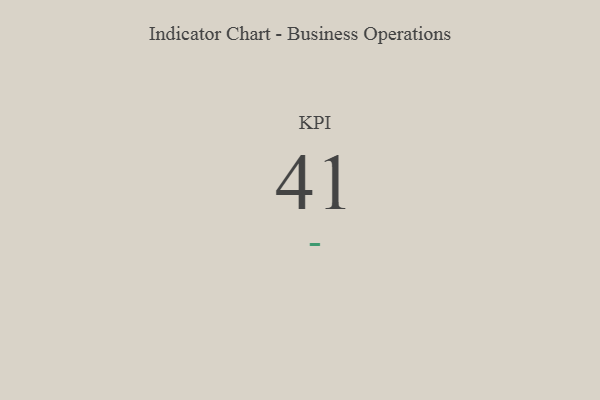
{"axis": {"x": "KPI", "y": "Value"}, "legend": [""], "data": [{"x": "KPI", "y": 41, "type": ""}]}